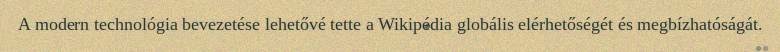
A modern technológia bevezetése lehetővé tette a Wikipédia globális elérhetőségét és megbízhatóságát.